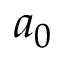
a _ { 0 }